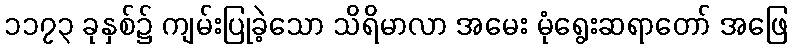
၁၁၇၃ ခုနှစ်၌ ကျမ်းပြုခဲ့သော သိရိမာလာ အမေး မုံရွေးဆရာတော် အဖြေ